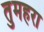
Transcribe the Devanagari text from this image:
तुमहरा